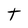
Character: t